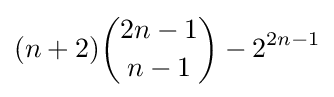
(n+2){\binom {2n-1}{n-1}}-2^{2n-1}